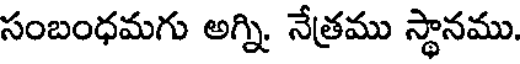
సంబంధమగు అగ్ని. నేత్రము స్థానము.